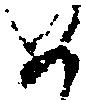
如